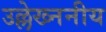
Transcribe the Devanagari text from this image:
उल्लेख्ननीय